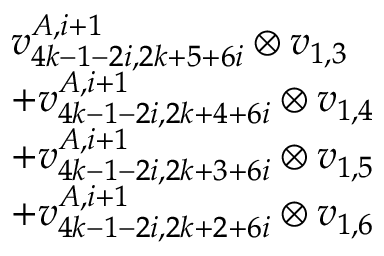
\begin{array} { r l } & { v _ { 4 k - 1 - 2 i , 2 k + 5 + 6 i } ^ { A , i + 1 } \otimes v _ { 1 , 3 } } \\ & { + v _ { 4 k - 1 - 2 i , 2 k + 4 + 6 i } ^ { A , i + 1 } \otimes v _ { 1 , 4 } } \\ & { + v _ { 4 k - 1 - 2 i , 2 k + 3 + 6 i } ^ { A , i + 1 } \otimes v _ { 1 , 5 } } \\ & { + v _ { 4 k - 1 - 2 i , 2 k + 2 + 6 i } ^ { A , i + 1 } \otimes v _ { 1 , 6 } } \end{array}